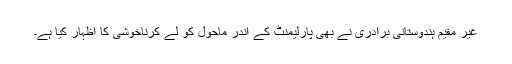
غیر مقیم ہندوستانی برادری نے بھی پارلیمنٹ کے اندر ماحول کو لے کرناخوشی کا اظہار کیا ہے۔